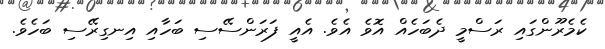
ކެމެރޫންގައި ރަސްމީ ދެބަހެއް އޮވެ އެވެ. އެއީ ފަރަންސޭސި ބަހާއި އިނގިރޭސި ބަހެވެ.